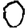
Digit: 0